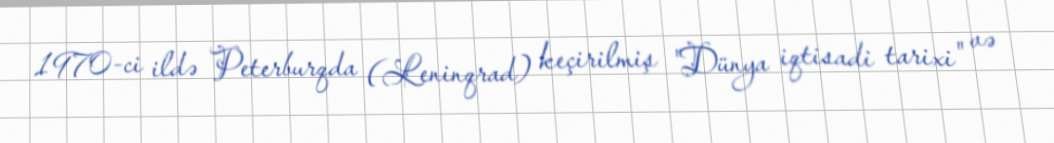
1970-ci ildə Peterburqda (Leninqrad) keçirilmiş "Dünya iqtisadi tarixi" və